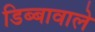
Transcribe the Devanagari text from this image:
डिब्बावाले